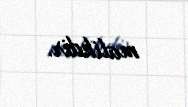
malikdir.